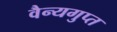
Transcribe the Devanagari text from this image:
वैन्यगुप्त